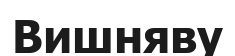
Вишняву